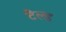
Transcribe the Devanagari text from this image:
टेल्ड